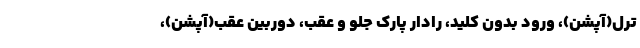
ترل(آپشن)، ورود بدون کلید، رادار پارک جلو و عقب، دوربین عقب(آپشن)،